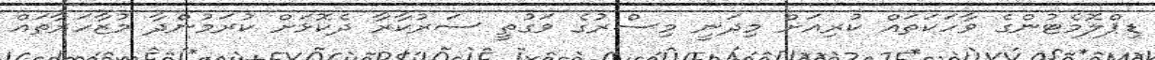
ޑިޕްލޮމެޓުންގެ ވާހަކަތައް ކުރިއަށް މިދަނީ މިސްރުގެ ވަގުތީ ސަރުކާރާ ދެކޮޅަށް ކުރަމުންދާ މުޒާހަރާތައް